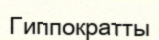
Гиппократты